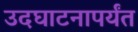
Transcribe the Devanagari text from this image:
उदघाटनापर्यंत